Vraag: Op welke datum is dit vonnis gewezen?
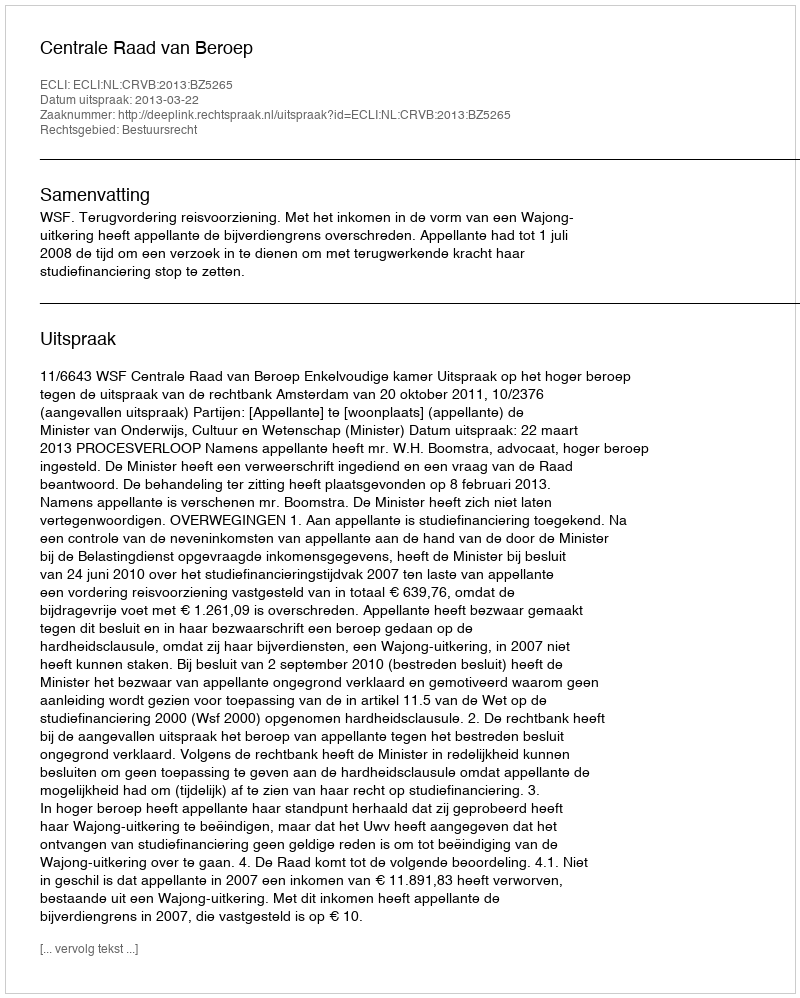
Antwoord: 2013-03-22